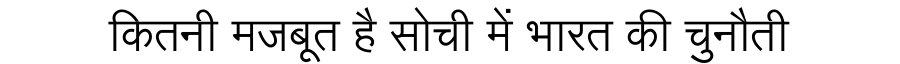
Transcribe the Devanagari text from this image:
कितनी मजबूत है सोची में भारत की चुनौती